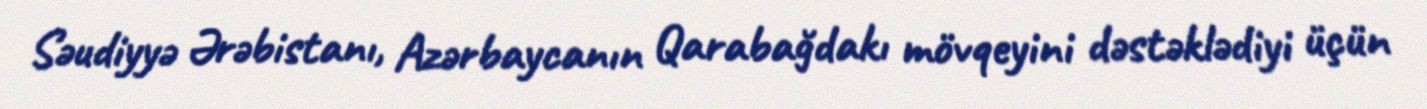
Səudiyyə Ərəbistanı, Azərbaycanın Qarabağdakı mövqeyini dəstəklədiyi üçün